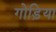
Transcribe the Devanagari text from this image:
गोड़िया